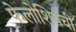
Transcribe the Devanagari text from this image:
फेलोशिपची